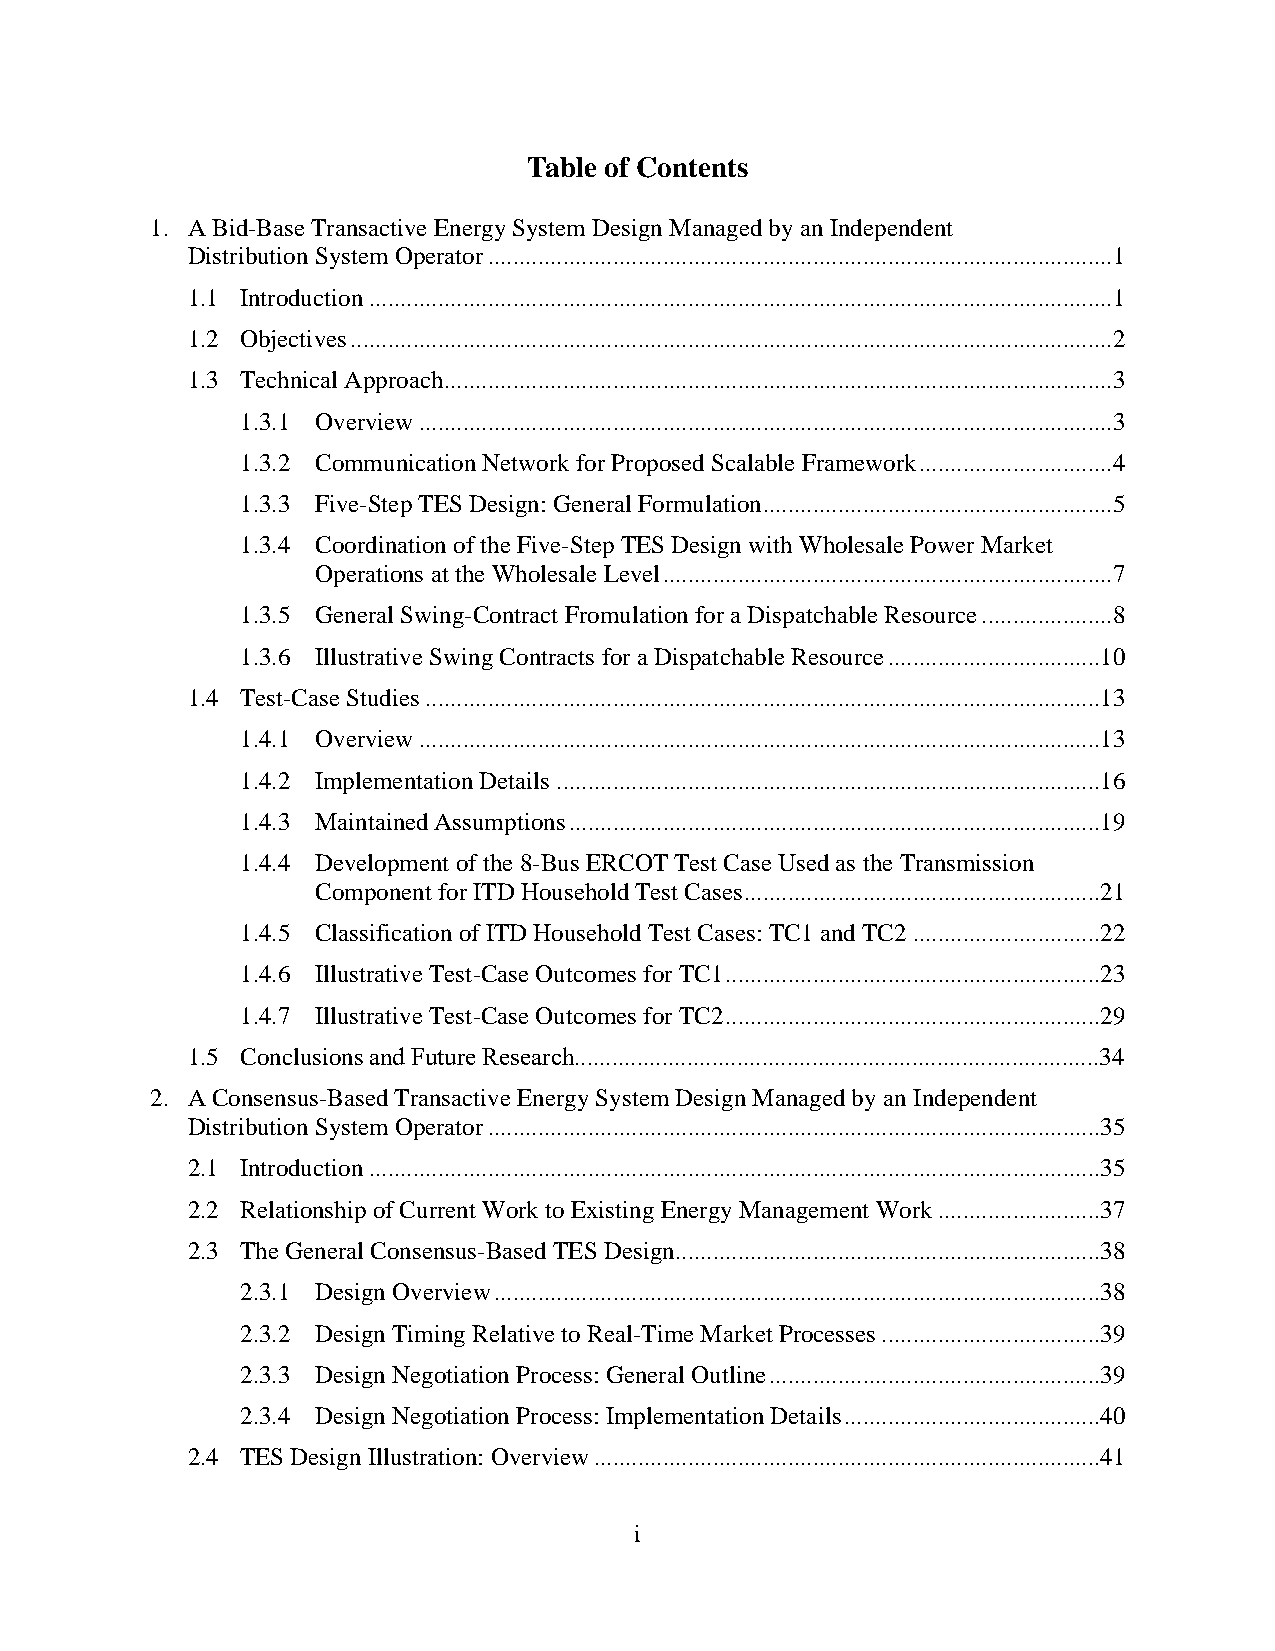
Table of Contents
 1. A Bid-Base Transactive Energy System Design Managed by an Independent
 Distribution System Operator ....................................................................................................1
 1.1 Introduction .......................................................................................................................1
 1.2 Objectives ..........................................................................................................................2
 1.3 Technical Approach ...........................................................................................................3
 1.3.1 Overview ...............................................................................................................3
 1.3.2 Communication Network for Proposed Scalable Framework ...............................4
 1.3.3 Five-Step TES Design: General Formulation ........................................................5
 1.3.4 Coordination of the Five-Step TES Design with Wholesale Power Market
 Operations at the Wholesale Level ........................................................................7
 1.3.5 General Swing-Contract Fromulation for a Dispatchable Resource .....................8
 1.3.6 Illustrative Swing Contracts for a Dispatchable Resource ..................................10
 1.4 Test-Case Studies ............................................................................................................13
 1.4.1 Overview .............................................................................................................13
 1.4.2 Implementation Details .......................................................................................16
 1.4.3 Maintained Assumptions .....................................................................................19
 1.4.4 Development of the 8-Bus ERCOT Test Case Used as the Transmission
 Component for ITD Household Test Cases .........................................................21
 1.4.5 Classification of ITD Household Test Cases: TC1 and TC2 ..............................22
 1.4.6 Illustrative Test-Case Outcomes for TC1 ............................................................23
 1.4.7 Illustrative Test-Case Outcomes for TC2 ............................................................29
 1.5 Conclusions and Future Research....................................................................................34
 2. A Consensus-Based Transactive Energy System Design Managed by an Independent
 Distribution System Operator ..................................................................................................35
 2.1 Introduction .....................................................................................................................35
 2.2 Relationship of Current Work to Existing Energy Management Work ..........................37
 2.3 The General Consensus-Based TES Design ....................................................................38
 2.3.1 Design Overview .................................................................................................38
 2.3.2 Design Timing Relative to Real-Time Market Processes ...................................39
 2.3.3 Design Negotiation Process: General Outline .....................................................39
 2.3.4 Design Negotiation Process: Implementation Details .........................................40
 2.4 TES Design Illustration: Overview .................................................................................41
 i